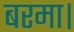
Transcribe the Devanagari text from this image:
बरमा।